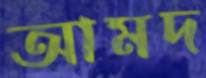
আমদ